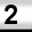
Digit: 2